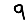
Digit: 9